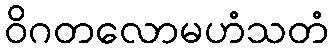
ဝိဂတလောမဟံသတံ